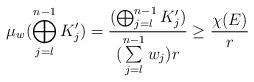
LaTeX: \begin{align*}\mu_w (\bigoplus_{j = l}^{n-1} K_j') = \frac{(\bigoplus_{j = l}^{n-1} K_j')}{(\sum\limits_{j=l}^{n-1} w_j)r} \geq \frac{\chi(E)}{r}\end{align*}